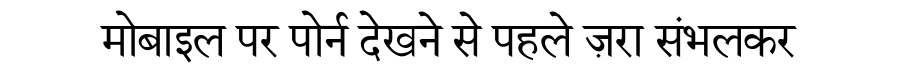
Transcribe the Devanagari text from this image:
मोबाइल पर पोर्न देखने से पहले ज़रा संभलकर